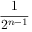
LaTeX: \frac { 1 } { 2 ^ { n - 1 } }